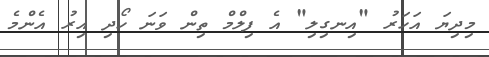
މިދިޔަ އަހަރު "އިނގިލި" އެ ފިލްމް ތިން ވަނަ ހޯދި އިރު އެންމެ